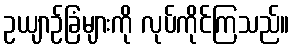
ဥယျာဉ်ခြံများကို လုပ်ကိုင်ကြသည်။